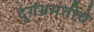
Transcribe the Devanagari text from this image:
दुर्गभ्रमंतीचे